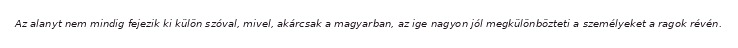
Az alanyt nem mindig fejezik ki külön szóval, mivel, akárcsak a magyarban, az ige nagyon jól megkülönbözteti a személyeket a ragok révén.